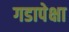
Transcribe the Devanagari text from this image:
गडापेक्षा